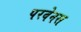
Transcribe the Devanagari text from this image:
परवेनस